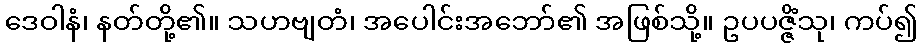
ဒေဝါနံ၊ နတ်တို့၏။ သဟဗျတံ၊ အပေါင်းအဘော်၏ အဖြစ်သို့။ ဥပပဇ္ဇိံသု၊ ကပ်၍